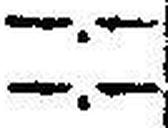
—.—